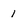
Character: 1